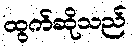
ထွက်ဆိုသည်